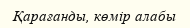
Қарағанды, көмір алабы